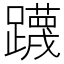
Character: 𮜤